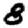
Digit: 8